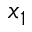
x _ { 1 }